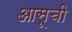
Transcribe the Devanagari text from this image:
आसूची